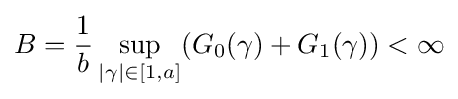
B={\frac {1}{b}}\sup _{|\gamma |\in [1,a]}(G_{0}(\gamma )+G_{1}(\gamma ))<\infty